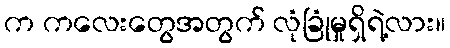
က ကလေးတွေအတွက် လုံခြုံမှုရှိရဲ့လား။